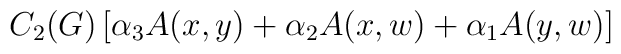
C_2(G)\left[ \alpha_3 A(x,y) + \alpha_2 A(x,w) + \alpha_1 A(y,w) \right]